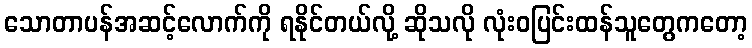
သောတာပန်အဆင့်လောက်ကို ရနိုင်တယ်လို့ ဆိုသလို လုံးဝပြင်းထန်သူတွေကတော့